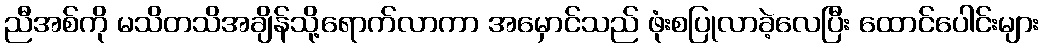
ညီအစ်ကို မသိတသိအချိန်သို့ရောက်လာကာ အမှောင်သည် ဖုံးစပြုလာခဲ့လေပြီး ထောင်ပေါင်းများ